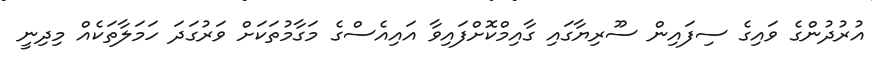
އުރުދުންގެ ވައިގެ ސިފައިން ސޫރިޔާގައި ގާއިމްކޮށްފައިވާ އައިއެސްގެ މަގާމުތަކަށް ވަރުގަދަ ހަމަލާތަކެއް މިދިނީ